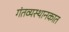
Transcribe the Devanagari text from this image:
गंतव्यस्थानकात